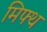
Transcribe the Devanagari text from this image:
मिफ्थ